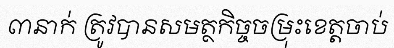
៣នាក់ ត្រូវបានសមត្ថកិច្ចចម្រុះខេត្តចាប់